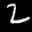
Digit: 2